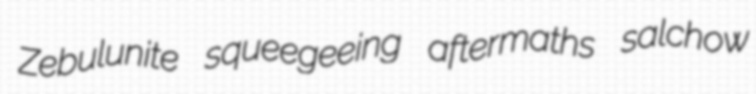
Zebulunite squeegeeing aftermaths salchow